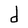
Character: d